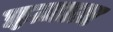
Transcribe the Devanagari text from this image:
इज़ाज़